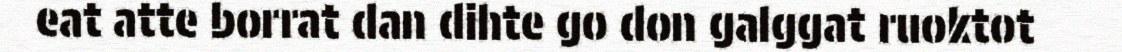
eat atte borrat dan dihte go don galggat ruoktot